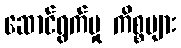
ဆောင်ရွက်မှု ကိစ္စများ